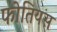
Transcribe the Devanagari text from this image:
फोतियस